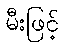
မီးဖြင့်